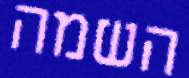
השמה